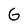
Character: G